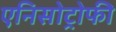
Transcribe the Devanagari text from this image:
एनिसोट्रोफी